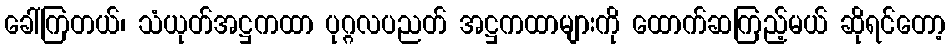
ခေါ်ကြတယ်၊ သံယုတ်အဋ္ဌကထာ ပုဂ္ဂလပညတ် အဋ္ဌကထာများကို ထောက်ဆကြည့်မယ် ဆိုရင်တော့